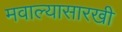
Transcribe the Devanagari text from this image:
मवाल्यासारखी